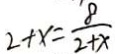
2 + x = \frac { 8 } { 2 + x }